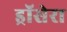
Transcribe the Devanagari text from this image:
ड्रॉसेरा